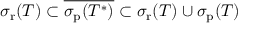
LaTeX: \sigma _ { \mathrm { r } } ( T ) \subset { \overline { { \sigma _ { \mathrm { p } } ( T ^ { * } ) } } } \subset \sigma _ { \mathrm { r } } ( T ) \cup \sigma _ { \mathrm { p } } ( T )